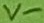
Text: V-